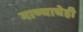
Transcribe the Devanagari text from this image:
गाण्याचेही